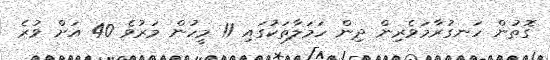
ގޮތުން ހަނގުރާމަވެރިން ދިން ހަމަލާތަކުގައި 11 މީހުން މަރުވެ 40 އަށް ވުރެ